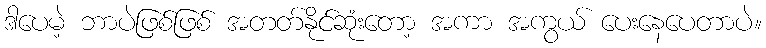
ဒါပေမဲ့ ဘာပဲဖြစ်ဖြစ် အတတ်နိုင်ဆုံးတော့ အကာ အကွယ် ပေးနေပေတာပဲ။